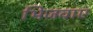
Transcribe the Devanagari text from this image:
भिजवाए